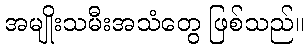
အမျိုးသမီးအသံတွေ ဖြစ်သည်။